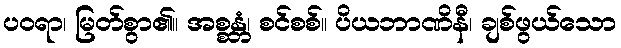
ပဝရာ၊ မြတ်စွာ၏။ အစ္စန္တံ၊ စင်စစ်။ ပိယဘာဏိနီ၊ ချစ်ဖွယ်သော